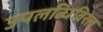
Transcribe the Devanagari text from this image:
उपलब्धिविरल